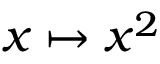
x \mapsto x ^ { 2 }